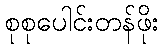
စုစုပေါင်းတန်ဖိုး